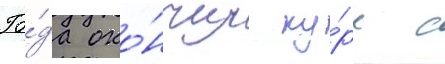
Го́да око́нчил ку́рс с